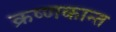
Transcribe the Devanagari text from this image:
क्रष्णकान्त